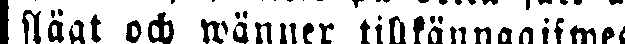
slägt och wänner tillkännagifwes